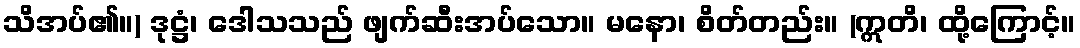
သိအပ်၏။) ဒုဋ္ဌံ၊ ဒေါသသည် ဖျက်ဆီးအပ်သော။ မနော၊ စိတ်တည်း။ (ဣတိ၊ ထို့ကြောင့်။